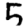
Digit: 5